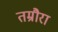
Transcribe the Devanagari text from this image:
तम्रौरा